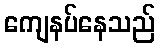
ကျေနပ်နေသည်